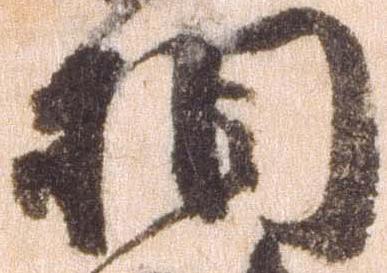
相